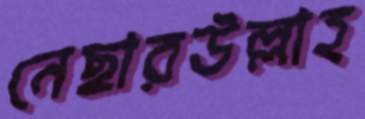
নেছারউল্লাহ